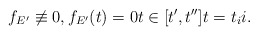
\begin{align*} f_{E'}\not\equiv 0, f_{E'}(t) = 0 t\in[t',t''] t=t_i i. \end{align*}